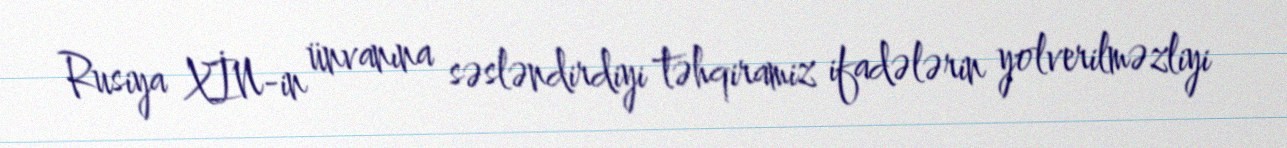
Rusiya XİN-in ünvanına səsləndirdiyi təhqiramiz ifadələrin yolverilməzliyi